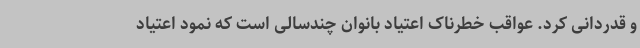
و قدردانی کرد. عواقب خطرناک اعتیاد بانوان چندسالی است که نمود اعتیاد